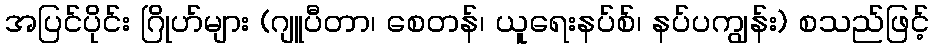
အပြင်ပိုင်း ဂြိုဟ်များ (ဂျူပီတာ၊ စေတန်၊ ယူရေးနပ်စ်၊ နပ်ပကျွန်း) စသည်ဖြင့်